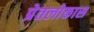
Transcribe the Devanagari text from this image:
प्रेतलोकास